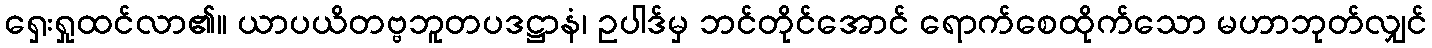
ရှေးရှုထင်လာ၏။ ယာပယိတဗ္ဗဘူတပဒဋ္ဌာနံ၊ ဥပါဒ်မှ ဘင်တိုင်အောင် ရောက်စေထိုက်သော မဟာဘုတ်လျှင်